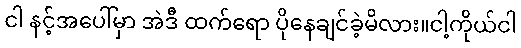
ငါ နင့်အပေါ်မှာ အဲဒီ ထက်ရော ပိုနေချင်ခဲ့မိလား။ငါ့ကိုယ်ငါ